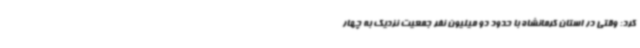
کرد: وقتی در استان کرمانشاه با حدود دو میلیون نفر جمعیت نزدیک به چهار